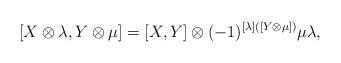
LaTeX: \begin{align*}[X\otimes\lambda, Y\otimes\mu]=[X, Y]\otimes (-1)^{[\lambda]([Y\otimes\mu])}\mu\lambda,\end{align*}